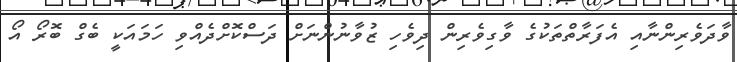
ވާދަވެރިންނާއި އެފަރާތްތަކުގެ ވާގިވެރިން ދިވެހި ޒުވާނުންނަށް ދަސްކޮށްދެއްވި ހަމައަކީ ބެގް ބޮރޯ އޯ